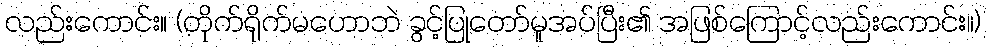
လည်းကောင်း။ (တိုက်ရိုက်မဟောဘဲ ခွင့်ပြုတော်မူအပ်ပြီး၏ အဖြစ်ကြောင့်လည်းကောင်း။)